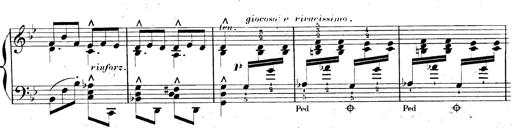
Title: AnnÃ©es de pÃ¨lerinage II, SupplÃ©ment
Composer: Franz Liszt